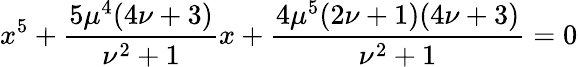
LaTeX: x^{5}+{\frac{5\mu^{4}(4\nu+3)}{\nu^{2}+1}}x+{\frac{4\mu^{5}(2\nu+1)(4\nu+3)}{\nu^{2}+1}}=0